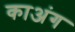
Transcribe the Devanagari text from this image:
काअंग